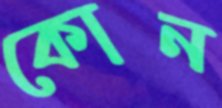
কোন